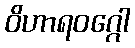
ဝိဟာရဝဂ္ဂေါ